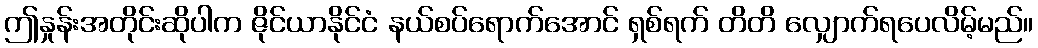
ဤနှုန်းအတိုင်းဆိုပါက ဇိုင်ယာနိုင်ငံ နယ်စပ်ရောက်အောင် ရှစ်ရက် တိတိ လျှောက်ရပေလိမ့်မည်။